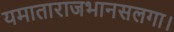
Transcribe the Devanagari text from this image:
यमाताराजभानसलगा।